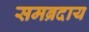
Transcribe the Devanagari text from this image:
समब्रदाय